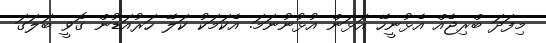
މިފަދަ ބްރިޖެއް އެޅުނީހޭ އަޅަން އުޅުނުނަމަ. އެކަމަކު ކަލޭ ހަރުއަޑުން ގޮވީ ބަލަގަ